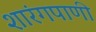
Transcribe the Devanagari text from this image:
शारंगपाणी